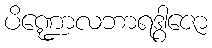
ပိဏ္ဍောလဘာရဒွါဇော